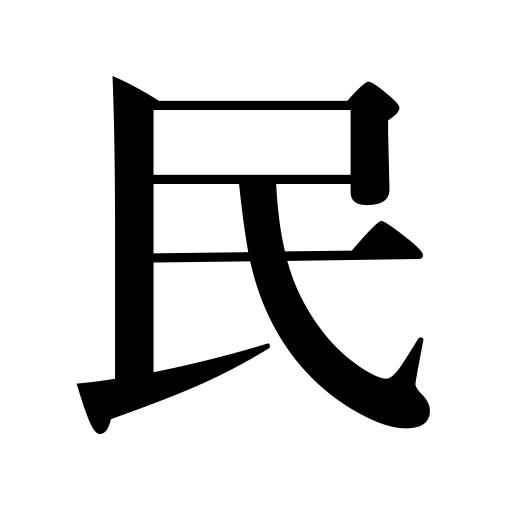
Meanings: subjects,people,nation